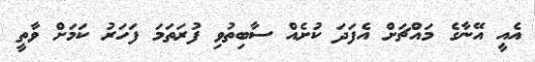
އެއީ އޭނާގެ މައްޗަށް އެފަދަ ކުށެއް ސާބިތުވި ފުރަތަމަ ފަހަރު ކަމަށް ވާތީ